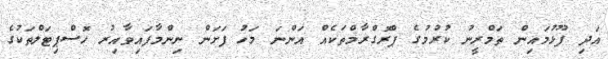
އަދި ފޫޅުމައިން ތަމްރީނު ކުރުމުގެ ޕްރޮގްރާމްތަކެއް އަންނަ މަހު ފަށަން ނިންމާފައިވާއިރު ހޮސްޕިޓަލްތަކުގެ